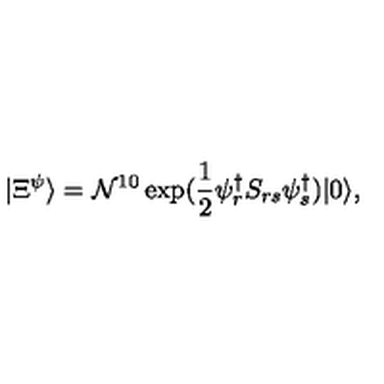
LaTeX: | \Xi ^ { \psi } \rangle = \mathcal { N } ^ { 1 0 } \exp ( \frac { 1 } { 2 } \psi _ { r } ^ { \dag } S _ { r s } \psi _ { s } ^ { \dag } ) | 0 \rangle ,